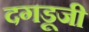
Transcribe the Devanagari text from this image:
दगडूजी